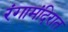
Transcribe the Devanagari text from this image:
रंगामंदिरात